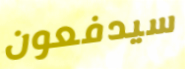
سيدفعون